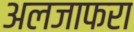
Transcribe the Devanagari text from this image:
अलजाफरा